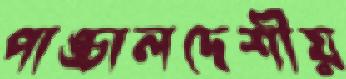
পাঙ্চালদেশীয়